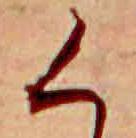
く